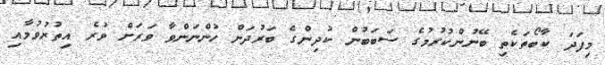
މިފަދަ ކާބޯތަކެތި ބޭނުންކުރުމުގެ ސަބަބުން ކުދިންގެ ބަރުދަން ހުންނަންވާ ވަރަށް ވުރެ އިތުރުވުމާއި